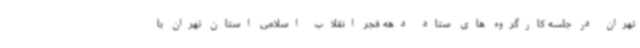
تهران در جلسه کارگروه های ستاد دهه فجر انقلاب اسلامی استان تهران با